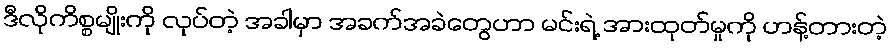
ဒီလိုကိစ္စမျိုးကို လုပ်တဲ့ အခါမှာ အခက်အခဲတွေဟာ မင်းရဲ့ အားထုတ်မှုကို ဟန့်တားတဲ့